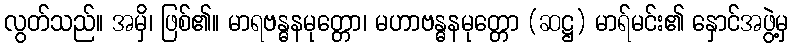
လွတ်သည်။ အမှိ၊ ဖြစ်၏။ မာရဗန္ဓနမုတ္တော၊ မဟာဗန္ဓနမုတ္တော (ဆဋ္ဌ) မာရ်မင်း၏ နှောင်အဖွဲ့မှ